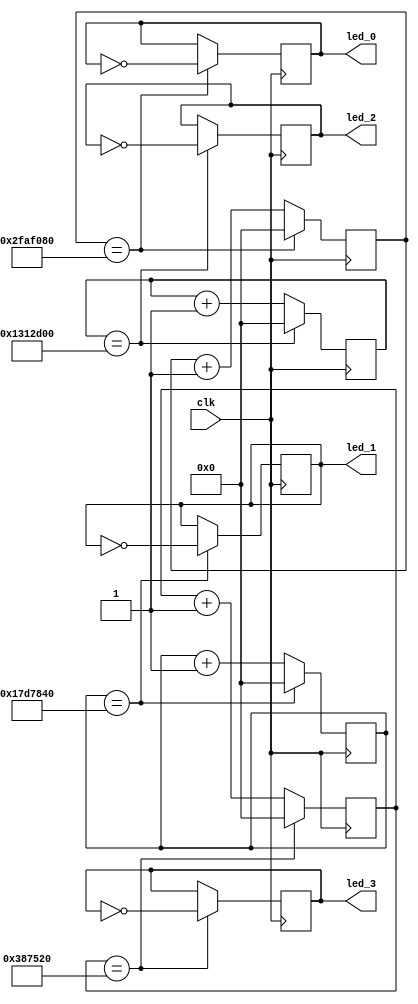
`timescale 1ns / 1ps
//////////////////////////////////////////////////////////////////////////////////
// Company: 
// Engineer: 
// 
// Design Name: 
// Module Name: blinky
// Project Name: 
// Target Devices: 
// Tool Versions: 
// Description: 
// 
// Dependencies: 
// 
// Revision:
// Revision 0.01 - File Created
// Additional Comments:
// 
//////////////////////////////////////////////////////////////////////////////////


module blinky(
    input clk,
    output led_0,
    output led_1,
    output led_2,
    output led_3    
    );
    reg [26:0] count0 = 0;
    reg [26:0] count1 = 0;
    reg [26:0] count2 = 0;
    reg [26:0] count3 = 0;
    
    reg led0R = 0;
    reg led1R = 0;
    reg led2R = 0;
    reg led3R = 0;
    
    assign led_0 = led0R;
    assign led_1 = led1R;
    assign led_2 = led2R;
    assign led_3 = led3R;
 
    always @ (posedge(clk))
    begin
        if(count0 == 50000000)
         begin
         count0 <= 0;
         led0R <= ~led0R;
         end
        else
         begin
         count0 <= count0 + 1;
         end
        if(count1 == 25000000)
         begin
         count1 <= 0;
         led1R <= ~led1R;
         end
        else
         begin
         count1 <= count1 + 1;
         end
        if (count2 == 20000000)
         begin
         count2 <= 0;
         led2R <= ~led2R;
         end
        else
         begin
         count2 <= count2 + 1;
         end
        if (count3 == 3700000)
         begin
         count3 <= 0;
         led3R <= ~led3R;
         end
        else
         begin
         count3<= count3 + 1;
         end
    end
endmodule